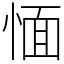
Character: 愐